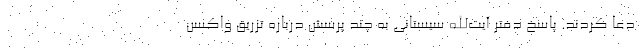
دعا کردند. پاسخ‌ دفتر آیت‌الله سیستانی به چند پرسش‌ درباره تزریق واکسن